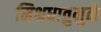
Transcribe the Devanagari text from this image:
मिश्रधातुमुळे